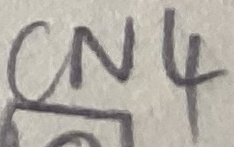
Text: CN4